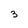
Character: 3